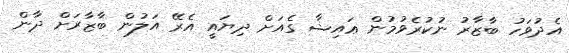
އެދުވަހު ބާޒާރު ނުކުރެވުމުން ޢައިޝާ ގެއަށް ދިޔައީ އެރޭ އަލުން ބާޒާރަށް ދާން